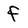
Character: f